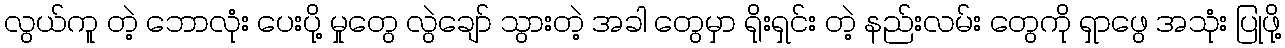
လွယ်ကူ တဲ့ ဘောလုံး ပေးပို့ မှုတွေ လွဲချော် သွားတဲ့ အခါ တွေမှာ ရိုးရှင်း တဲ့ နည်းလမ်း တွေကို ရှာဖွေ အသုံး ပြုဖို့